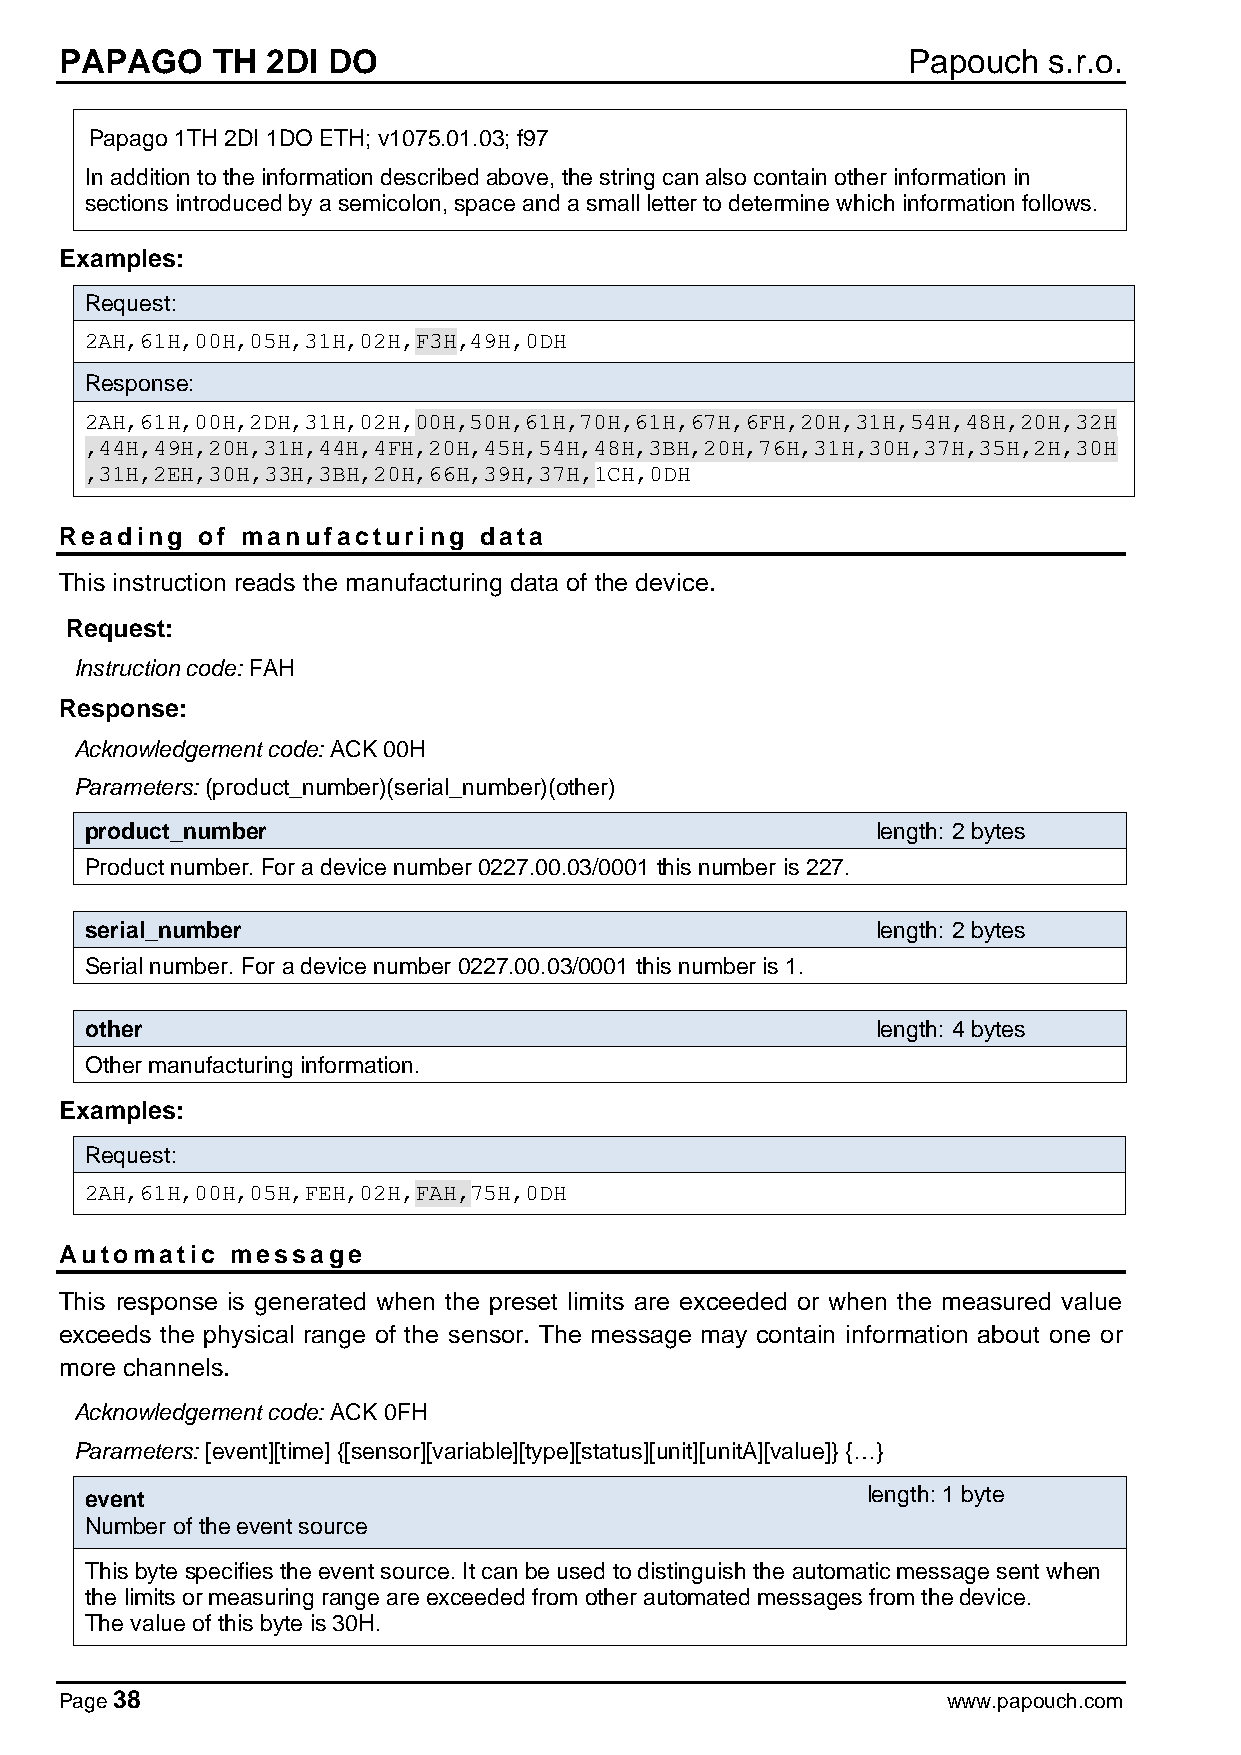
PAPAGO    TH  2DI DO                                    Papouch  s.r.o.
 Papago 1TH 2DI 1DO ETH; v1075.01.03; f97
 In addition to the information described above, the string can also contain other information in
 sections introduced by a semicolon, space and a small letter to determine which information follows.
 Examples:
 Request:
 2AH,61H,00H,05H,31H,02H,F3H,49H,0DH
 Response:
 2AH,61H,00H,2DH,31H,02H,00H,50H,61H,70H,61H,67H,6FH,20H,31H,54H,48H,20H,32H
 ,44H,49H,20H,31H,44H,4FH,20H,45H,54H,48H,3BH,20H,76H,31H,30H,37H,35H,2H,30H
 ,31H,2EH,30H,33H,3BH,20H,66H,39H,37H,1CH,0DH
 Reading  of manufacturing   data
 This instruction reads the manufacturing data of the device.
 Request:
 Instruction code: FAH
 Response:
 Acknowledgement code: ACK 00H
 Parameters: (product_number)(serial_number)(other)
 product_number                                      length: 2 bytes
 Product number. For a device number 0227.00.03/0001 this number is 227.
 serial_number                                       length: 2 bytes
 Serial number. For a device number 0227.00.03/0001 this number is 1.
 other                                               length: 4 bytes
 Other manufacturing information.
 Examples:
 Request:
 2AH,61H,00H,05H,FEH,02H,FAH,75H,0DH
 Automatic  message
 This response is generated when the preset limits are exceeded or when the measured value
 exceeds the physical range of the sensor. The message may contain information about one or
 more channels.
 Acknowledgement code: ACK 0FH
 Parameters: [event][time] {[sensor][variable][type][status][unit][unitA][value]} {…}
 event                                              length: 1 byte
 Number of the event source
 This byte specifies the event source. It can be used to distinguish the automatic message sent when
 the limits or measuring range are exceeded from other automated messages from the device.
 The value of this byte is 30H.
 Page 38                                                    www.papouch.com